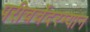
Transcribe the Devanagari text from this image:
परीचर्चेदरम्यान